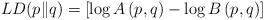
LaTeX: \begin{align*}LD(p\|q)=\left[\log A\left(p,q\right)-\log B\left(p,q\right)\right]\end{align*}